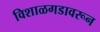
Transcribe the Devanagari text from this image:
विशाळगडावरून